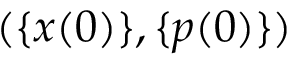
( \{ x ( 0 ) \} , \{ p ( 0 ) \} )